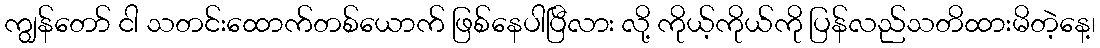
ကျွန်တော် ငါ သတင်းထောက်တစ်ယောက် ဖြစ်နေပါပြီလား လို့ ကိုယ့်ကိုယ်ကို ပြန်လည်သတိထားမိတဲ့နေ့၊